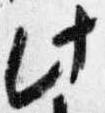
此